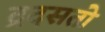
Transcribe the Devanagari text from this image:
द्रदसतो